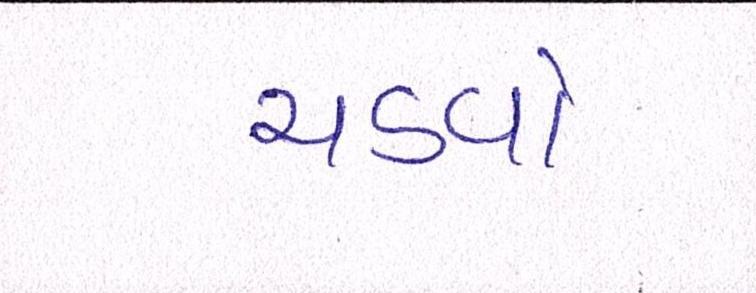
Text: ચડવો